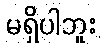
မရှိပါဘူး